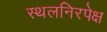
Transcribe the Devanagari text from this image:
स्थलनिरपेक्ष